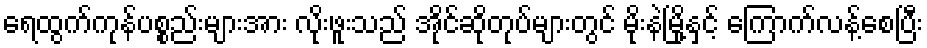
ရေထွက်ကုန်ပစ္စည်းများအား လိုးဖူးသည် အိုင်ဆိုတုပ်များတွင် မိုးနဲမြို့နှင့် ကြောက်လန့်စေပြီး